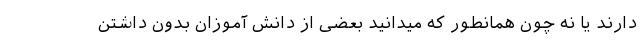
دارند یا نه چون همانطور که میدانید بعضی از دانش آموزان بدون داشتن